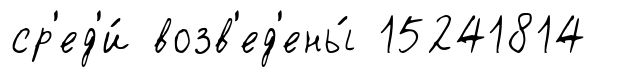
ср'ед'и́ возв'ед'ены́ 15241814